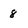
Character: 8